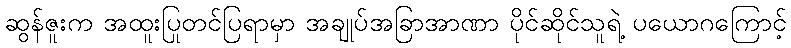
ဆွန်ဇူးက အထူးပြုတင်ပြရာမှာ အချုပ်အခြာအာဏာ ပိုင်ဆိုင်သူရဲ့ ပယောဂကြောင့်